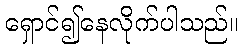
ရှောင်၍နေလိုက်ပါသည်။